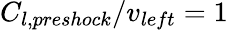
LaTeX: C_{l,preshock}/v_{left}=1